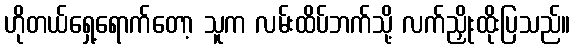
ဟိုတယ်ရှေ့ရောက်တော့ သူက လမ်းထိပ်ဘက်သို့ လက်ညှိုးထိုးပြသည်။